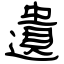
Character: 遺